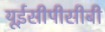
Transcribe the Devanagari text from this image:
यूईसीपीसीबी